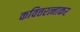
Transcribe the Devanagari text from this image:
कवित्तरत्नाकर